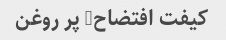
کیفت افتضاح, پر روغن